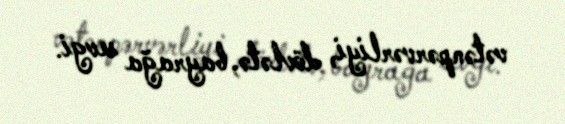
vətənpərvərliyi, dövlətə, bayrağa sevgi.